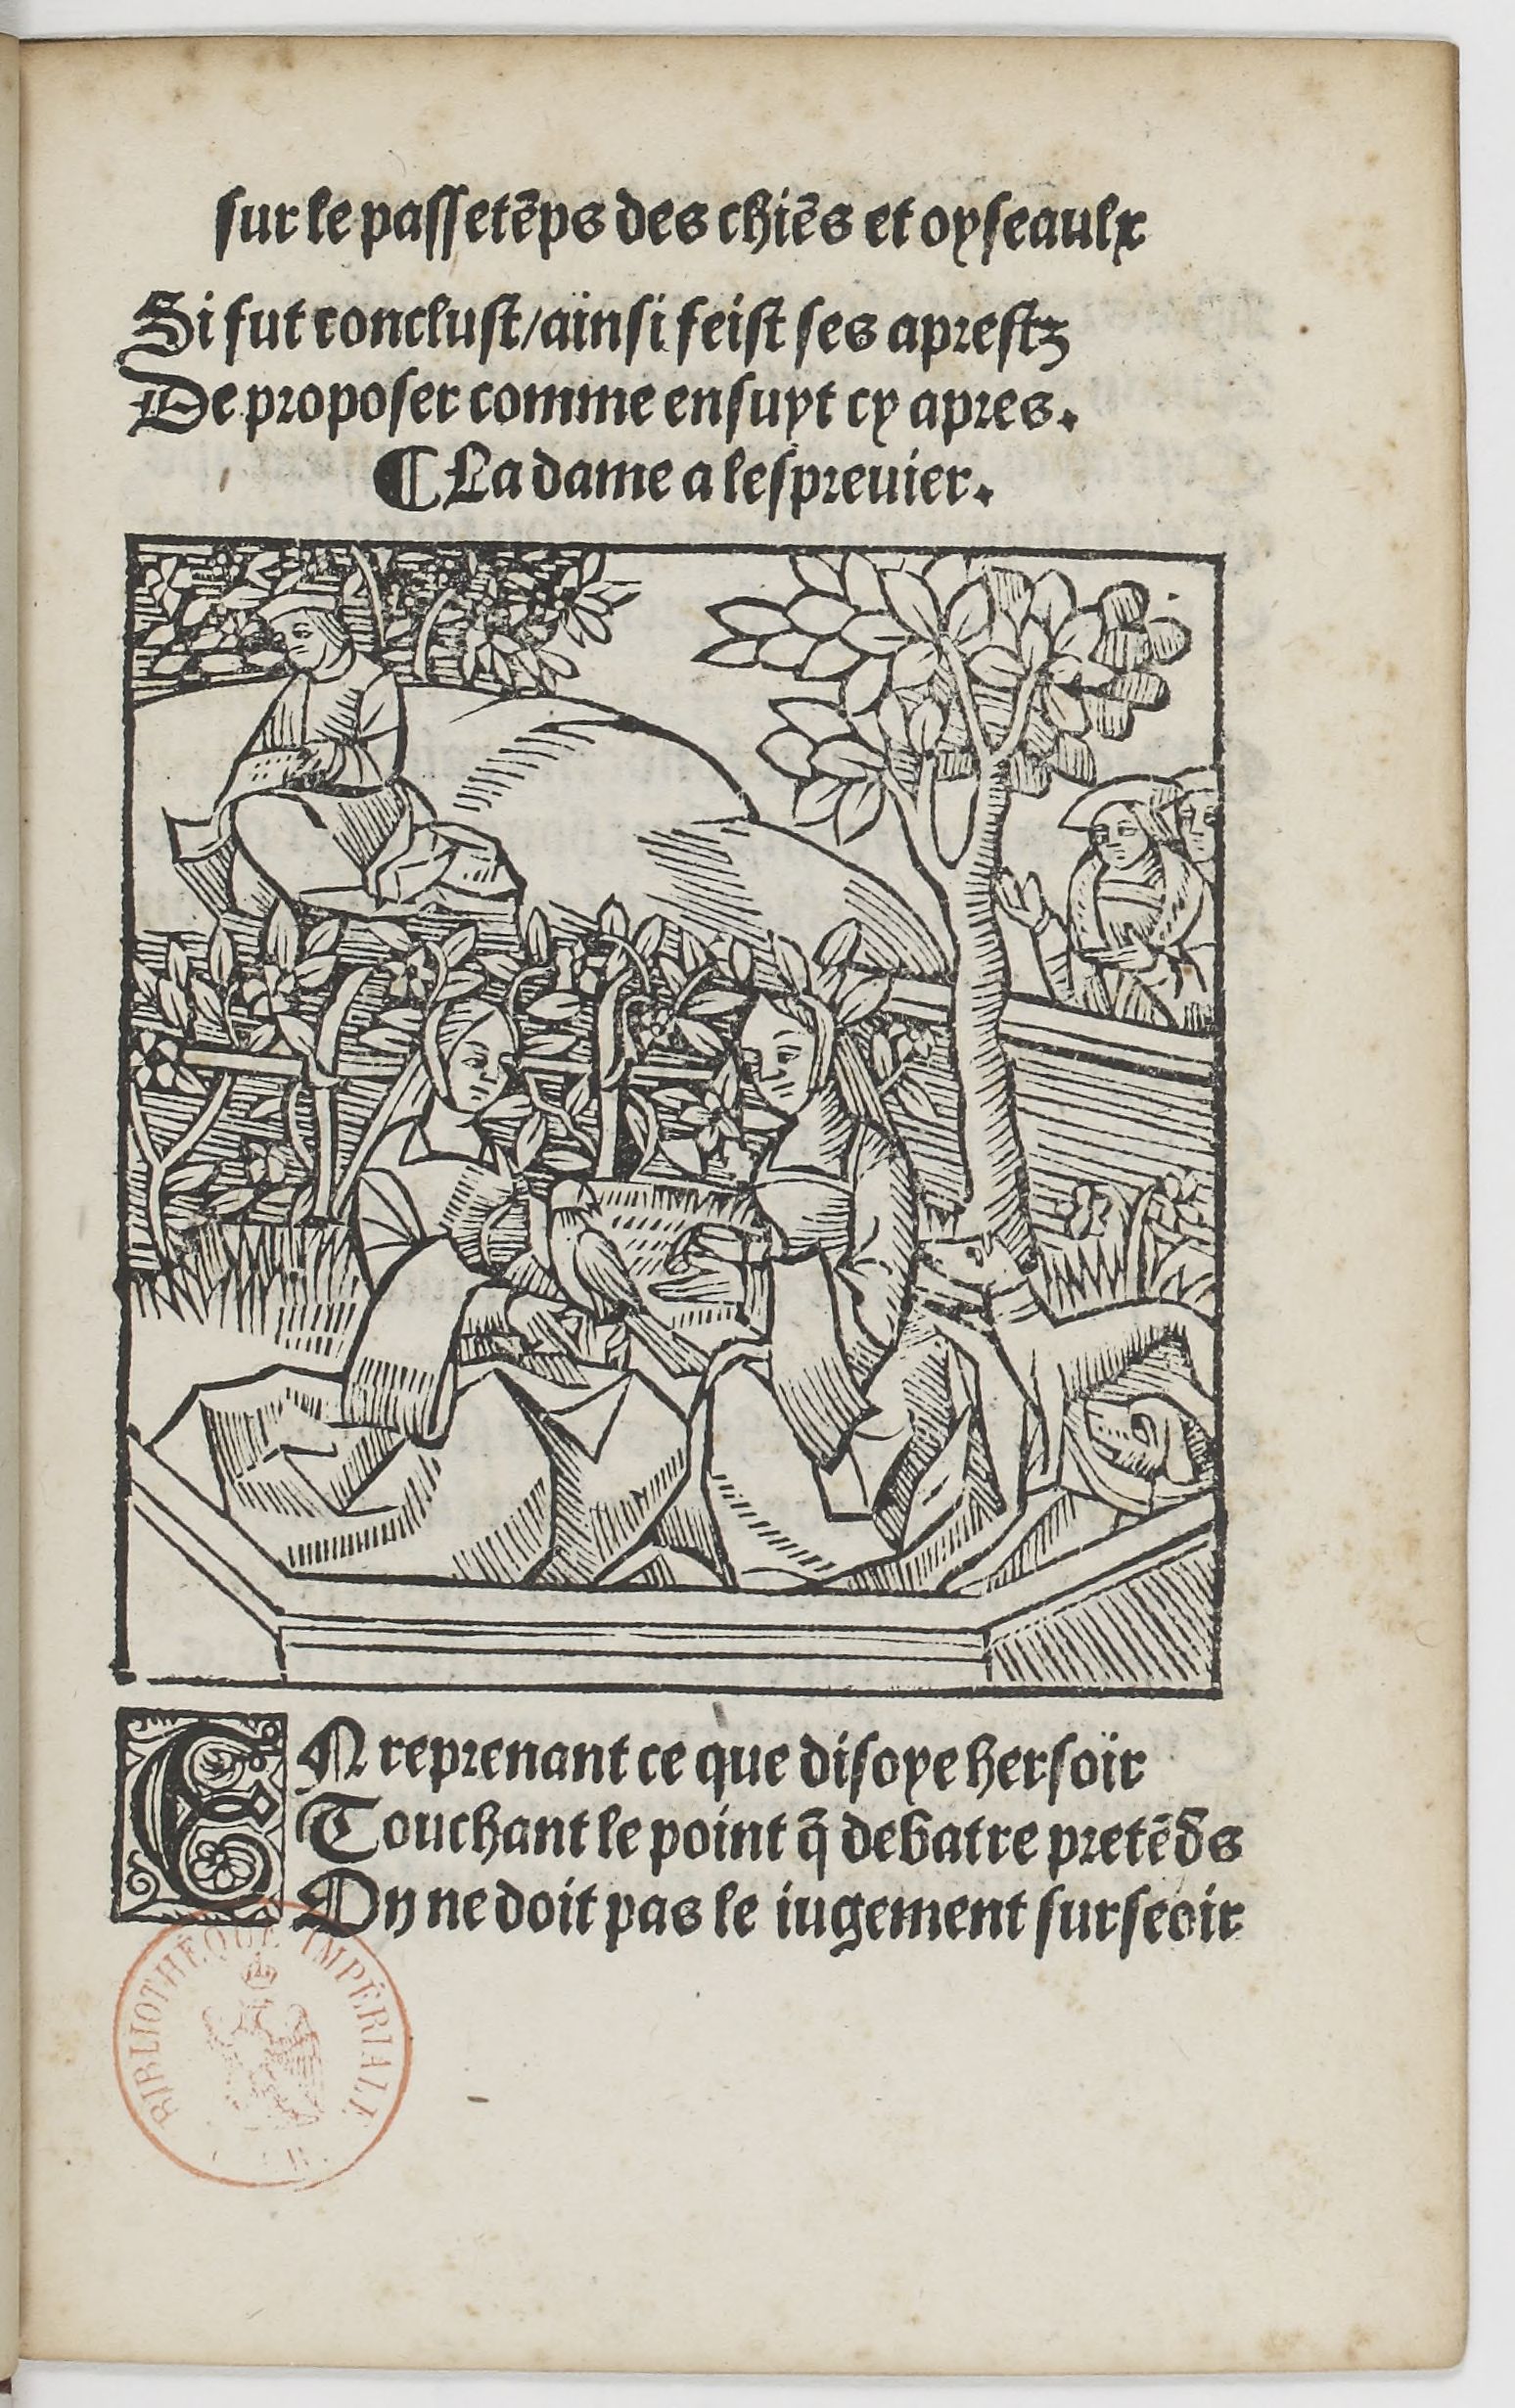
Shelfmark: Paris, BnF, Rés. YE-1395
Century: 16